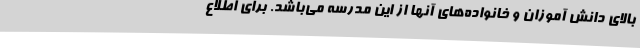
بالای دانش آموزان و خانواده‌های آنها از این مدرسه می‌باشد. برای اطلاع